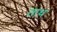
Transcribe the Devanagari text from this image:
ताथ